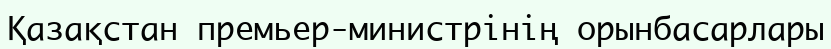
Қазақстан премьер-министрінің орынбасарлары